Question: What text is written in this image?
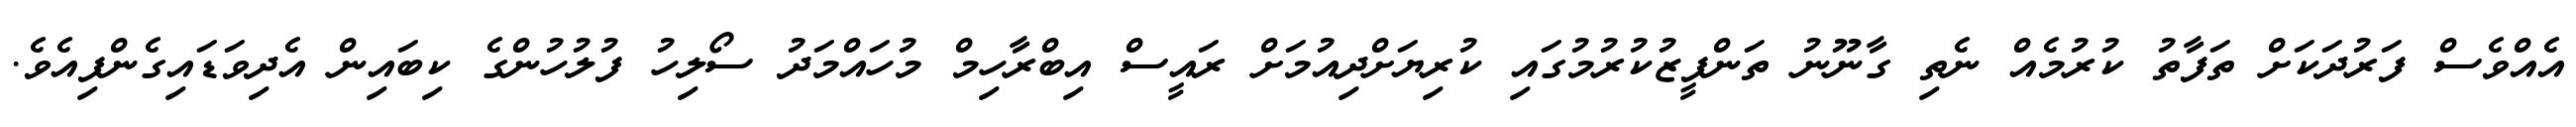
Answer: އެއްވެސް ފަރުދަކަށް ތަފާތު ކުރުމެއް ނެތި ގާނޫނު ތަންފީޒުކުރުމުގައި ކުރިޔަށްދިއުމަށް ރައީސް އިބްރާހިމް މުހައްމަދު ސޯލިހު ފުލުހުންގެ ކިބައިން އެދިވަޑައިގެންފިއެވެ.